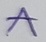
Text: A